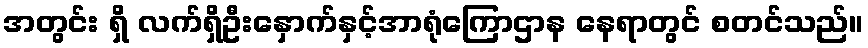
အတွင်း ရှိ လက်ရှိဦးနှောက်နှင့်အာရုံကြောဌာန နေရာတွင် စတင်သည်။